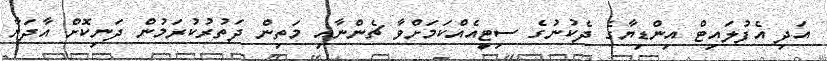
އަދި އެފުލައިޓް އިންޑިޔާގެ ދެކުނުގެ ސިޓީއެއްކަމަށްވާ ޗެންނާއި މަތިން ދަތުރުކުރަމުން ދަނިކޮށް އާދަޔާ